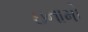
ઇનામો